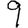
Digit: 9